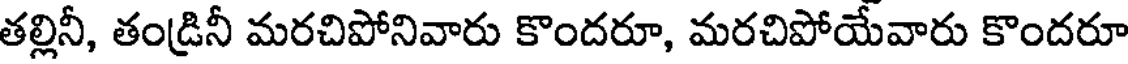
తల్లినీ, తండ్రినీ మరచిపోనివారు కొందరూ, మరచిపోయేవారు కొందరూ